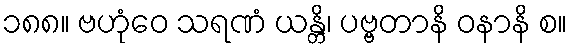
၁၈၈။ ဗဟုံဝေ သရဏံ ယန္တိ၊ ပဗ္ဗတာနိ ဝနာနိ စ။